Civil Veterinary Department Bihar & Orissa reports 1922-29 - 1922-1929
Year: 1922
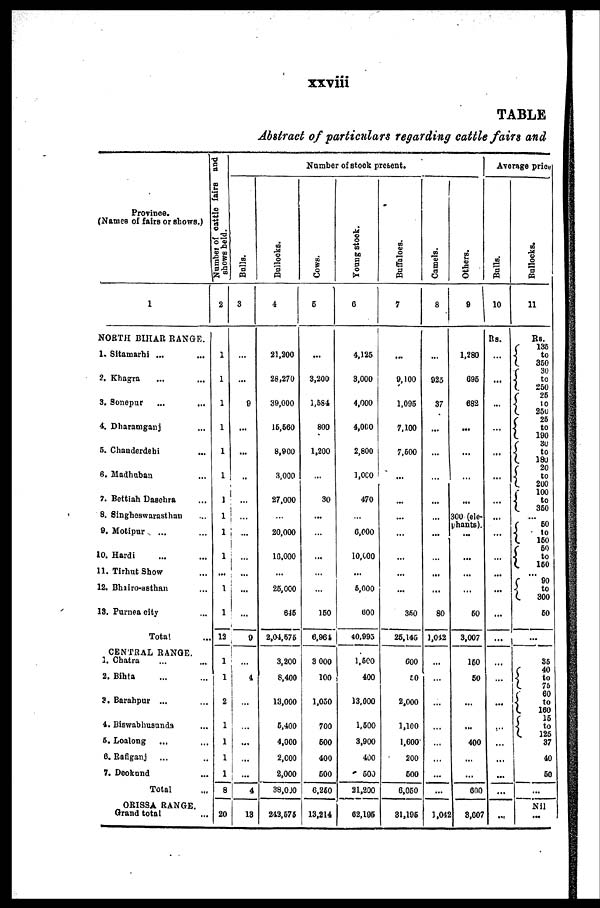
xxviii
TABLE
Abstract of particulars regarding cattle fairs and
Province.
(Names of fairs or shows.)
1
NORTH BIHAR RANGE.
1. Sitamarhi ... ...
2. Khagra ... ...
3. 8onepur ... ...
4. Dharamganj ... ...
6. Chanderdebi ...
6. Madhuban ...
7. Bettiah Daschra ...
8. Singheswarasthan ....
9. Motipur
... ...
10. Hardi ... ...
12. Bhairo-asthan ...
11. Tirhut Show ...
13. Purnea city ...
Total
CENTRAL RANGE.
1. Chatra ... ...
2. Bihta ... ...
3. Barahpar ... ...
4. Biswabhusands ...
6. Loalong ... ...
6. Rafiganj ... ...
7. Deokund
Total
ORISSA RANGE.
Grand total ...
Number
of cattle fairs and
shows held.
2
1
1
1
1
1
1
1
1
1
1
1
1
1
13
1
1
1
1
1
1
8
20
Number of stock present.
Balls.
3
9
...
9
4
...
4
13
Bullocks.
4
21,200
28,270
39,000
16,600
8,900
3,000
27,000
20,000
10.000
26,000
616
2,04,676
3,200
6.400
4,000
2,000
2,000
38,000
243,675
Cows .
5
3,200
1,584
800
1,200
30
...
...
160
6,961
3 000
100
1,050
700
600
400
500
6,250
13,214
Young stock.
6
4,125
3,000
4,000
4,000
2,800
1,000
470
6,000
10,000
6,000
600
40,995
1.500
400
13,000
1,600
3,900
400
500
21,200
02,195
Buffaloes
7
...
9,100
1,095
7,100
7,600
...
350
25,145
600
10
2,000
1,100
1,600
200
500
6,050
31,196
Ca me l
s .
8
925
37
...
...
80
1,012
1,04
Ot her s .
9
1,280
695
682
...
...
300 (ele-
phants).
...
...
60
3,007
160
50
...
400
600
2
3,607
Average price
Bul l s.
10
Rs.
...
...
...
...
...
...
...
...
...
Bullocks.
11
Rs.
135
to
360
30
to
260
25
10
250
25
to
190
30
to
180
20
to
200 100
to
360 ...
50
to
150
50
to
160 90
to
300
50
35
75
60
to
160
15
to
126
37
40
60
Nil
...